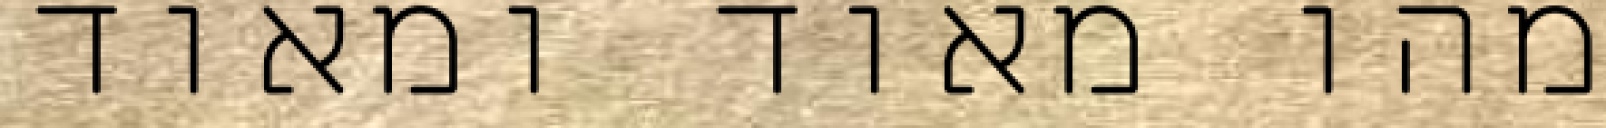
מהו מאוד ומאוד